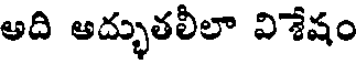
అది అద్భుతలీలా విశేషం